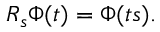
R _ { s } \Phi ( t ) = \Phi ( t s ) .